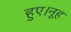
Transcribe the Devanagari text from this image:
हुए।नूह